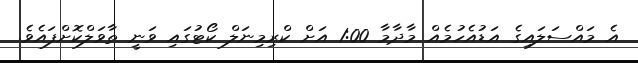
އެ މައްސަލައިގެ އަޑުއެހުމެއް މާދާމާ 1:00 އަށް ކްރިމިނަލް ކޯޓުގައި ވަނީ ތާވަލްކޮށްފައެވެ.